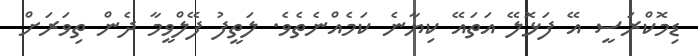
ޑިމޮކްރަސީ އޭ ފަޅޮލޭ އަތައޭ ކިޔާނެ ކަމެއްނެތެވެ. ލަތީފު ފޭލްވީމާ ދެން ތިވަރަށް